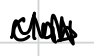
Text: club
Cross-out: mix
Writing tool: digital_black